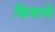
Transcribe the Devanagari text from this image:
कियाचे